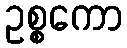
ဥစ္စကော